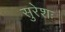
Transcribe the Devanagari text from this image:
सुरेशः